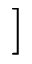
]